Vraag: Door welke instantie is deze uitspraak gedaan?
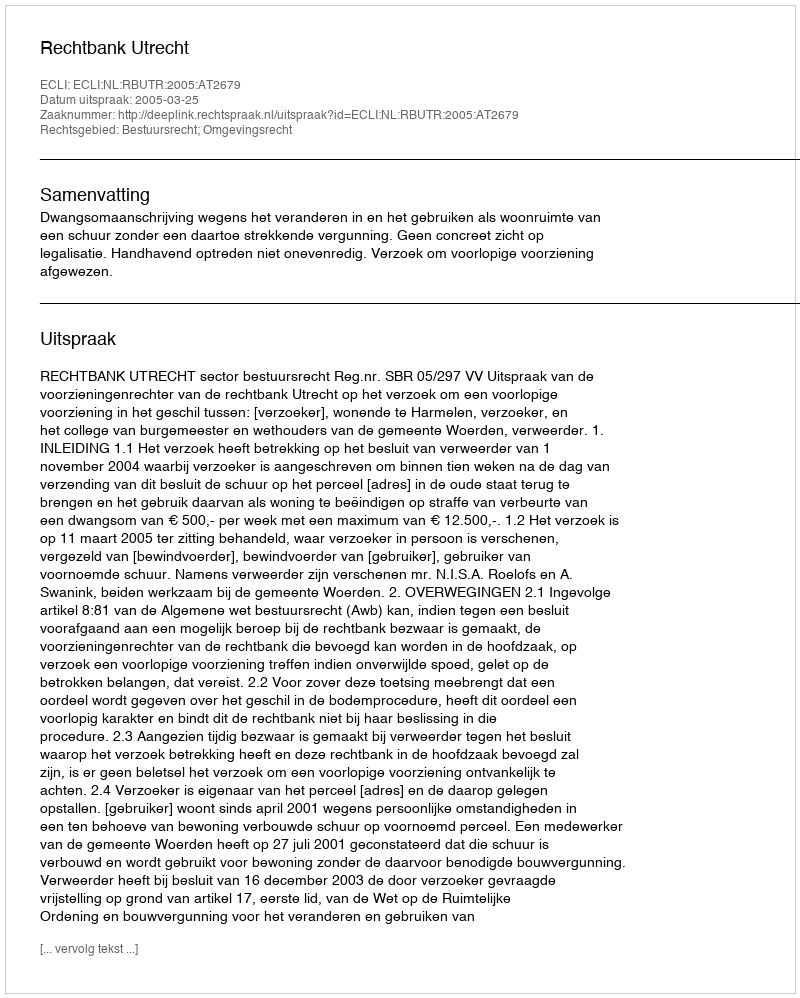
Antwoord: Rechtbank Utrecht